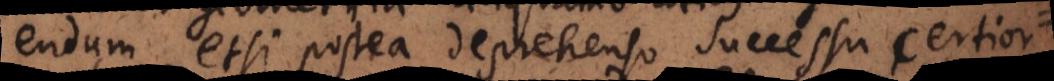
endum etsi postea deprehenso successu certior